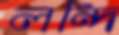
লন্দি